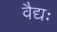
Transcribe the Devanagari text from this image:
वैद्यः